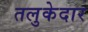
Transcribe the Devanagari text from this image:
तलुकेदार